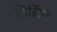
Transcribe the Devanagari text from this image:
मिलिंदे